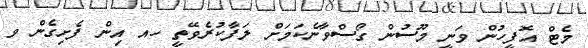
މެޓް އޮފީހުން ވަނީ މޫސުން ގޯސްވާނެކަމަށް ލަފާކުރެވޭތީ ހއ އިން ފެށިގެން ވ